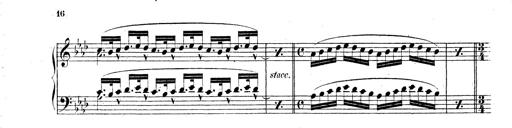
Title: Technische Studien
Composer: Franz Liszt